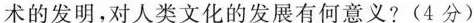
术的发明，对人类文化的发展有何意义?(4分)